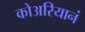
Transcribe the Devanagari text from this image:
कोअरियानं